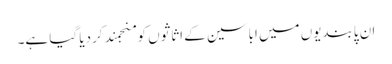
ان پابندیوں میں اباسین کے اثاثوں کو منجمند کردیا گیا ہے۔